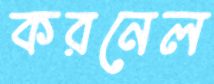
করনেল